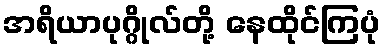
အရိယာပုဂ္ဂိုလ်တို့ နေထိုင်ကြပုံ